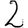
Digit: 2